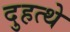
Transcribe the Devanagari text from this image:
दुहत्थे